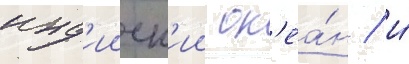
инд'ииск'ии ок'еа́н / и́